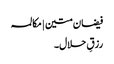
فیضان متین | مکالمہ
رزقِ حلال۔